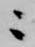
ニ